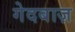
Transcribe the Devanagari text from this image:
गेदबाज़